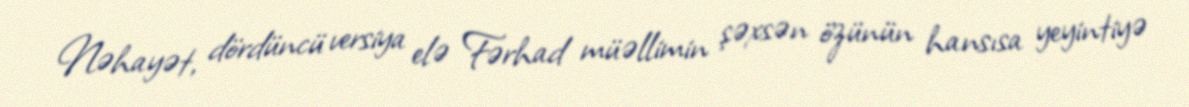
Nəhayət, dördüncü versiya elə Fərhad müəllimin şəxsən özünün hansısa yeyintiyə